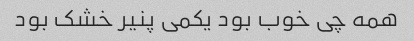
همه چی خوب بود یکمی پنیر خشک بود